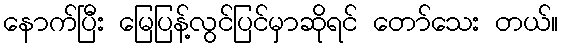
နောက်ပြီး မြေပြန့်လွင်ပြင်မှာဆိုရင် တော်သေး တယ်။